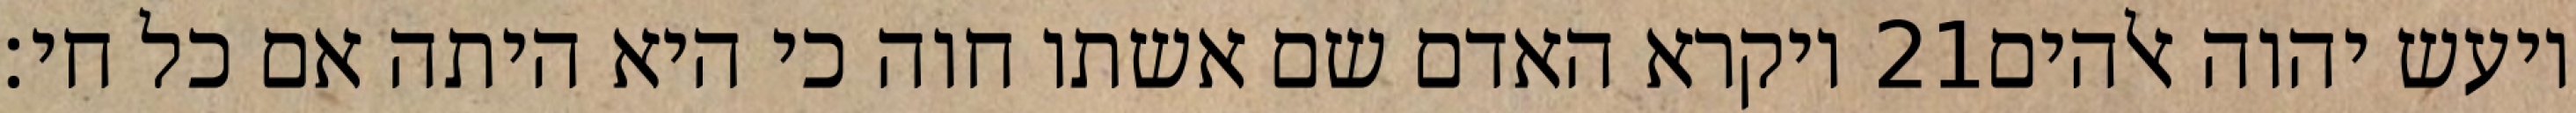
ויקרא האדם שם אשתו חוה כי היא היתה אם כל חי׃ ‎21‏ ויעש יהוה אלהים